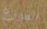
الموزع